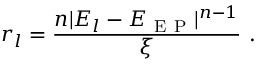
r _ { l } = \frac { n | E _ { l } - E _ { \mathrm { ~ E ~ P ~ } } | ^ { n - 1 } } { \xi } \ .